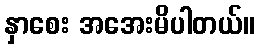
နှာစေး အအေးမိပါတယ်။